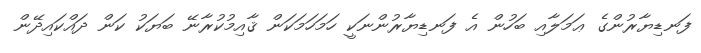
ފަނޑިޔާރުންގެ ޢަމަލާއި ބަހުން އެ ފަނޑިޔާރުންނަކީ ހަމަހަމަކަން ޤާއިމުކުރާނޭ ބަޔަކު ކަން ދައްކައިދޭން